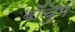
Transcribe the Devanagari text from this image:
बोचुम